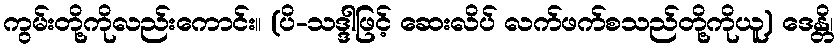
ကွမ်းတို့ကိုလည်းကောင်း။ (ပိ-သဒ္ဒါဖြင့် ဆေးလိပ် လက်ဖက်စသည်တို့ကိုယူ) ဒေန္တိ၊